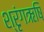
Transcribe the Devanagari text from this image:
श्रृंगऋषि